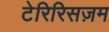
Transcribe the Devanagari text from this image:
टेरिरिसज़म